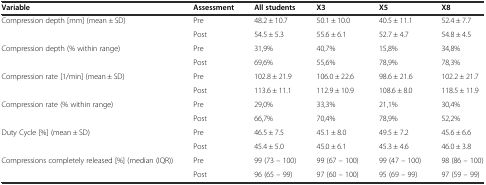
| Variable | Assessment | All students | X3 | X5 | X8 |
 | --- | --- | --- | --- | --- | --- |
 | <ROWSPAN=2> Compression depth [mm] (mean ± SD) | Pre | 48.2 ± 10.7 | 50.1 ± 10.0 | 40.5 ± 11.1 | 52.4 ± 7.7 |
 | Post | 54.5 ± 5.3 | 55.6 ± 6.1 | 52.7 ± 4.7 | 54.8 ± 4.5 |
 | <ROWSPAN=2> Compression depth (% within range) | Pre | 31,9% | 40,7% | 15,8% | 34,8% |
 | Post | 69,6% | 55,6% | 78,9% | 78,3% |
 | <ROWSPAN=2> Compression rate [1/min] (mean ± SD) | Pre | 102.8 ± 21.9 | 106.0 ± 22.6 | 98.6 ± 21.6 | 102.2 ± 21.7 |
 | Post | 113.6 ± 11.1 | 112.9 ± 10.9 | 108.6 ± 8.0 | 118.5 ± 11.9 |
 | <ROWSPAN=2> Compression rate (% within range) | Pre | 29,0% | 33,3% | 21,1% | 30,4% |
 | Post | 66,7% | 70,4% | 78,9% | 52,2% |
 | <ROWSPAN=2> Duty Cycle [%] (mean ± SD) | Pre | 46.5 ± 7.5 | 45.1 ± 8.0 | 49.5 ± 7.2 | 45.6 ± 6.6 |
 | Post | 45.4 ± 5.0 | 45.0 ± 6.1 | 45.3 ± 4.6 | 46.0 ± 3.8 |
 | Compressions completely released [%] (median (IQR)) | Pre | 99 (73 – 100) | 99 (67 – 100) | 99 (47 – 100) | 98 (86 – 100) |
 |  | Post | 96 (65 – 99) | 97 (60 – 100) | 95 (69 – 99) | 97 (59 – 99) |